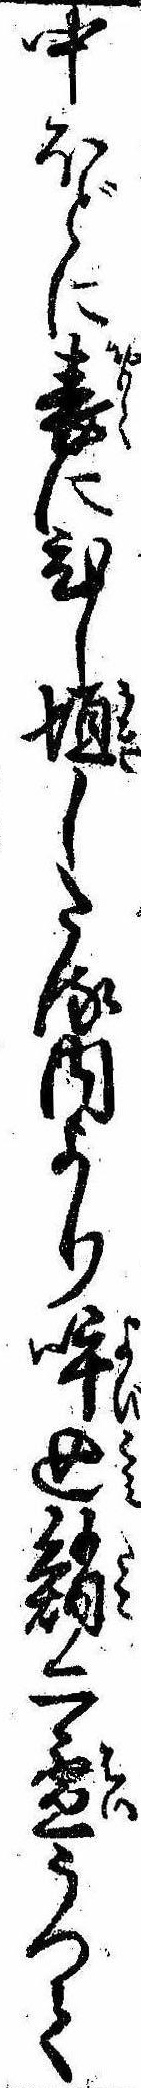
中ほどに表にひし垣したる内より呼込鮹二杯うつて